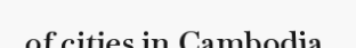
of cities in Cambodia